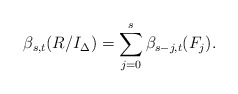
\begin{align*} \beta_{s, t} (R/I_{\Delta}) = \sum_{j = 0}^s \beta_{s-j, t} (F_j). \end{align*}